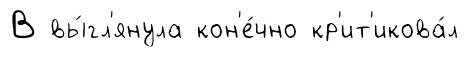
В вы́гл'янула кон'е́чно кр'ит'икова́л